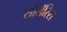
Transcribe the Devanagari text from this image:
सॉलॅरिस